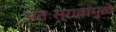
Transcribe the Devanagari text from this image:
अंतःस्रावांमुळे